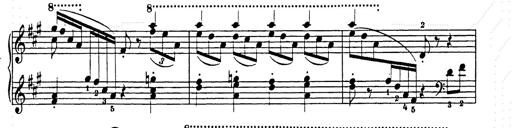
Title: Hungarian Rhapsody No.15
Composer: Franz Liszt
Key: A minor